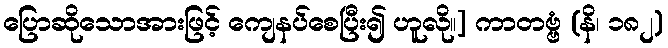
ပြောဆိုသောအားဖြင့် ကျေနပ်စေပြီး၍ ဟူလို။] ကာတဗ္ဗံ (နိ၊ ၁၈၂)